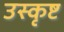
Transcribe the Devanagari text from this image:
उस्कृष्ट